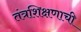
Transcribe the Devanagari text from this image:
तंत्रशिक्षणाची